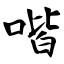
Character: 喈